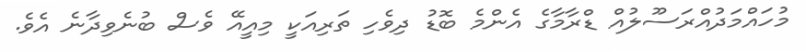
މުހައްމަދުއްރަސޫލުއް ޑްރާމާގެ އެންމެ ބޮޑު ދިވެހި ތަރިއަކީ މިއީއޭ ވެސް ބުނެވިދާނެ އެވެ.